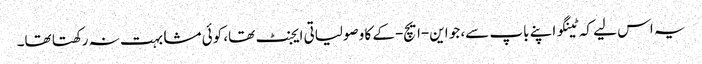
یہ اس لیے کہ ٹینگو اپنے باپ سے، جو این-ایچ-کے کا وصولیاتی ایجنٹ تھا، کوئی مشابہت نہ رکھتا تھا۔